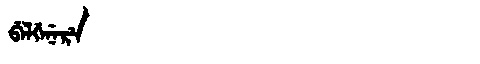
Manchu: ᠪᡝᠯᡤᡝᠨᡝᡵᡝ
Romanization: BELGENERE